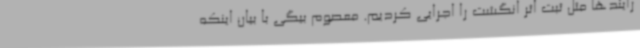
رآیندها مثل ثبت اثر انگشت را اجرایی کردیم. معصوم بیگی با بیان اینکه